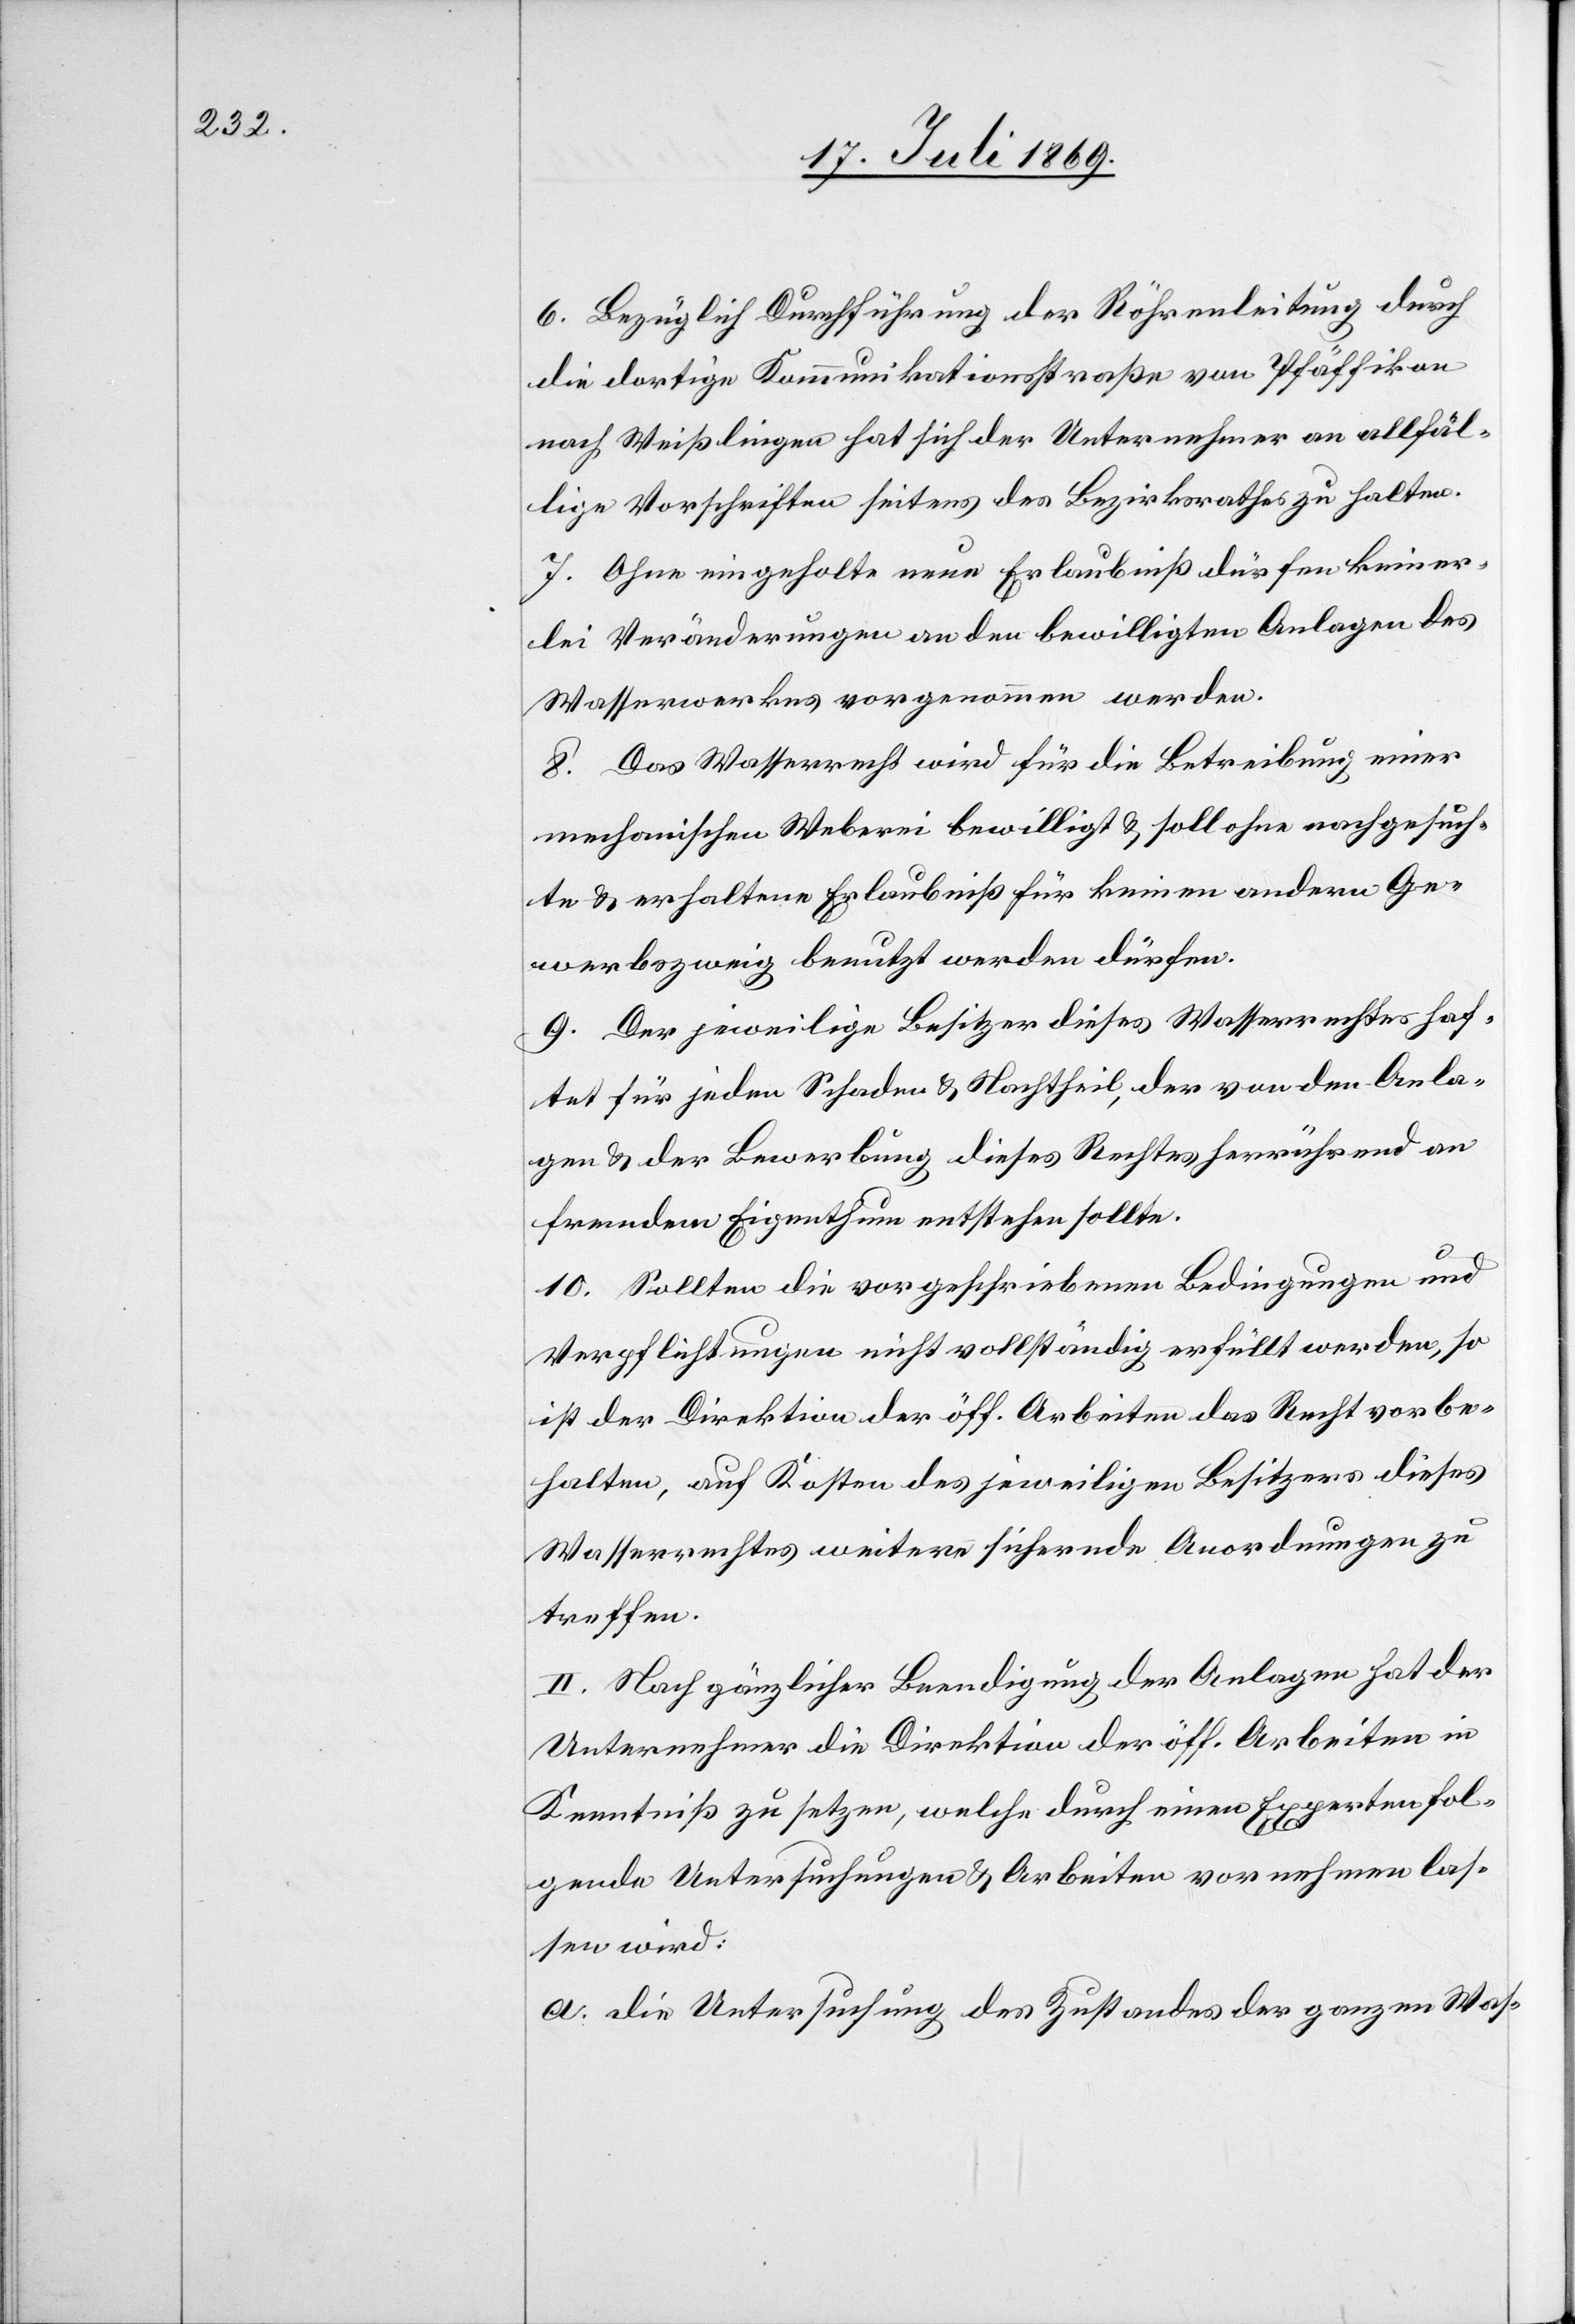
6. Bezüglich Durchführung der Röhrenleitung durch
die dortige Kommunikationsstraße von Pfäffikon
nach Weißlingen hat sich der Unternehmer an allfäl¬
lige Vorschriften seitens des Bezirksrathes zu halten.
7. Ohne eingeholte neue Erlaubniß dürfen keiner¬
lei Veränderungen an den bewilligten Anlagen des
Wasserwerkes vorgenommen werden.
8. Das Wasserrecht wird für die Betreibung einer
mechanischen Weberei bewilligt u. soll ohne nachgesuch¬
te u. erhaltene Erlaubniß für keinen andern Ge¬
werbszweig benutzt werden dürfen.
9. Der jeweilige Besitzer dieses Wasserrechtes haf¬
tet für jeden Schaden u. Nachtheil, der von den Anla¬
gen u. der Bewerbung dieses Rechtes herrührend an
fremdem Eigenthum entstehen sollte.
10. Sollten die vorgeschriebenen Bedingungen und
Verpflichtungen nicht vollständig erfüllt werden, so
ist der Direktion der öff. Arbeiten das Recht vorbe¬
halten, auf Kosten des jeweiligen Besitzers dieses
Wasserrechtes weitere sichernde Anordnungen zu
treffen.
II. Nach gänzlicher Beendigung der Anlagen hat der
Unternehmer die Direktion der öff. Arbeiten in
Kenntniß zu setzen, welche durch einen Experten fol¬
gende Untersuchungen u. Arbeiten vornehmen las¬
sen wird:
a. die Untersuchung des Zustandes der ganzen Was-